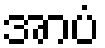
အာပံ